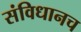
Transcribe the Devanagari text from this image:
संविधानच